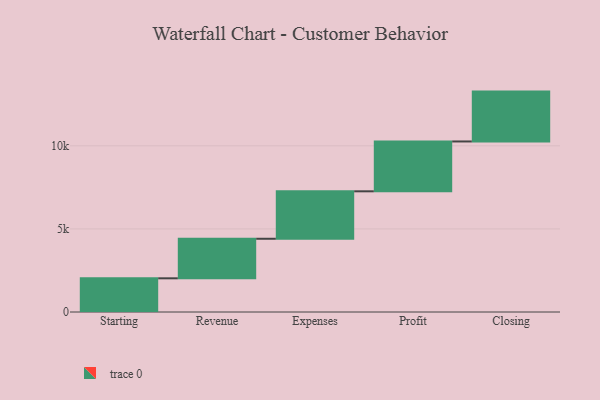
{"axis": {"x": "Step", "y": "Value"}, "legend": [""], "data": [{"x": "Starting", "y": 2027.0, "type": ""}, {"x": "Revenue", "y": 2380.0, "type": ""}, {"x": "Expenses", "y": 2855.0, "type": ""}, {"x": "Profit", "y": 3000, "type": ""}, {"x": "Closing", "y": 3000, "type": ""}]}